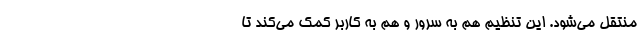
منتقل می­‌شود. این تنظیم هم به سرور و هم به کاربر کمک می­‌کند تا